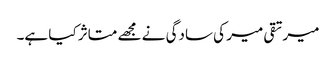
میرتقی میر کی سادگی نے مجھے متاثر کیا ہے۔